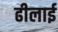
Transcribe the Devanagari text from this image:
ढीलाई